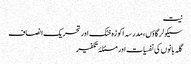
نیت
سیکولر گاؤں، مدرسہ اکوڑہ خٹک اور تحریک انصاف
گلہ بانوں کی نفسیات اور مسئلۂ تکفیر